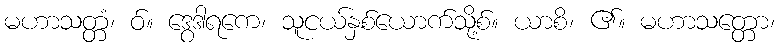
မဟာသတ္တံ၊ ဝ်။ ဒွေဒါရကေ၊ သူငယ်နှစ်ယောက်သို့စ်။ ယာစိ၊ ၏။ မဟာသတ္တော၊